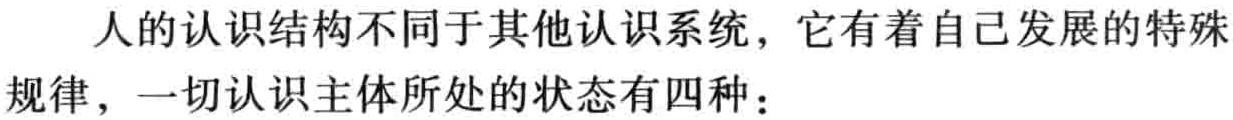
人的认识结构不同于其他认识系统，它有着自己发展的特殊

规律，一切认识主体所处的状态有四种：